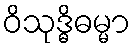
ဝိသုဒ္ဓိဓမ္မာ